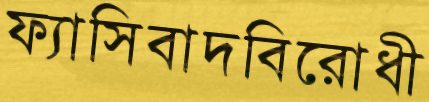
ফ্যাসিবাদবিরোধী